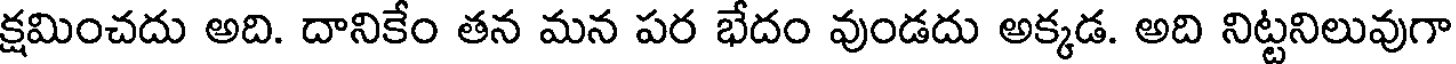
క్షమించదు అది. దానికేం తన మన పర భేదం వుండదు అక్కడ. అది నిట్టనిలువుగా